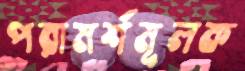
পরামর্শমূলক